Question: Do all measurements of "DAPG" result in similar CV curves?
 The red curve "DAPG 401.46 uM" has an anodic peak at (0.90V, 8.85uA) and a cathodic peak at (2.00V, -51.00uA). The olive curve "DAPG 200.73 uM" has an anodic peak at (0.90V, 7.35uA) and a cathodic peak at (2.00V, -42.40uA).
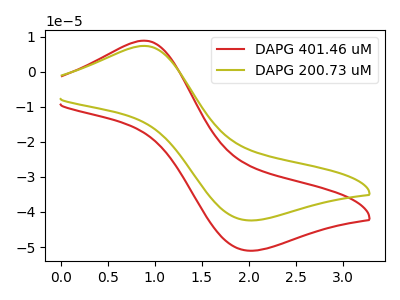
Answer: <think>All the peaks in "DAPG 401.46 uM" have a peak in "DAPG 200.73 uM" at the same potential. Every peak in "DAPG 401.46 uM" is higher than every peak in "DAPG 200.73 uM".
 </think>
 <answer>All the CV's of "DAPG" have similar shape.</answer>
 <eval>follow_rule</eval>